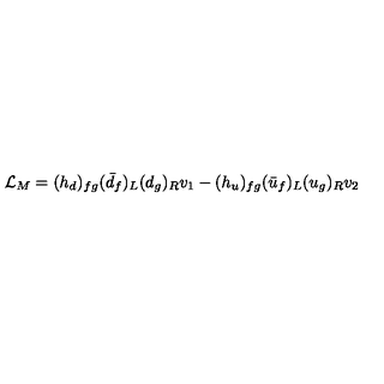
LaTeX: { \cal L } _ { M } = ( h _ { d } ) _ { f g } ( \bar { d } _ { f } ) _ { L } ( d _ { g } ) _ { R } v _ { 1 } - ( h _ { u } ) _ { f g } ( \bar { u } _ { f } ) _ { L } ( u _ { g } ) _ { R } v _ { 2 }